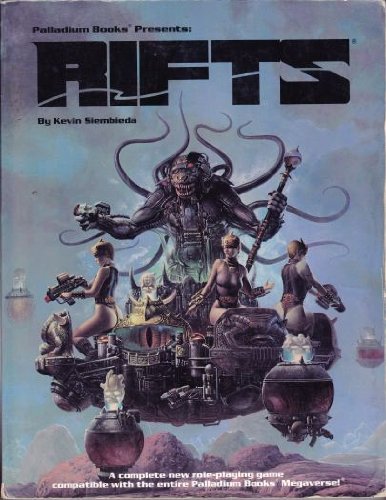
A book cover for Rifts: Role-Playing Game; Kevin Siembieda; Sports & Outdoors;